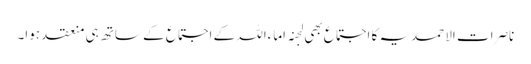
ناصرات الاحمدیہ کا اجتماع بھی لجنہ اماءاللہ کے اجتماع کے ساتھ ہی منعقد ہوا۔